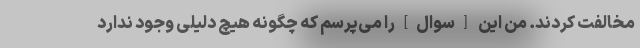
مخالفت کردند. من این [سوال]را می‌پرسم که چگونه هیچ دلیلی وجود ندارد